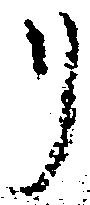
り